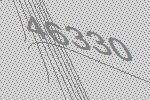
46330